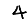
Digit: 4